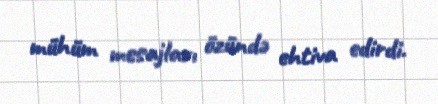
mühüm mesajları özündə ehtiva edirdi.